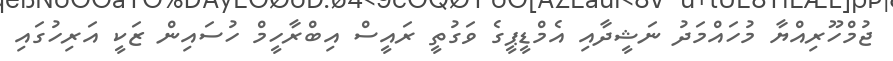
ޖުމްހޫރިއްޔާ މުހައްމަދު ނަޝީދާއި އެމްޑީޕީގެ ވަގުތީ ރައީސް އިބްރާހީމް ހުސައިން ޒަކީ އަރިހުގައި